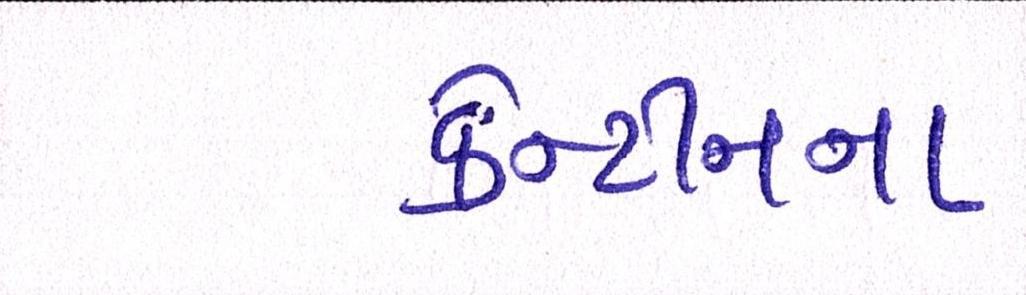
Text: કેન્ટીનના